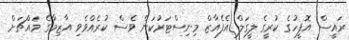
ރައީސް އޮފީހުގެ ކުރީގެ ލީގަލް އެފެއާޒް މިނިސްޓަރުކަން ވެސް ކުރެއްވެވި އާޒިމާގެ މައްޗަށް